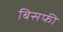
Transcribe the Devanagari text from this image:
बिसफी